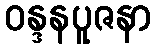
ဝန္ဒနပူဇနာ